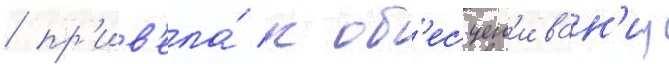
/ пр'ив'ела́ к об'есцен'иван'иу